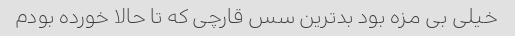
خیلی بی مزه بود بدترین سس قارچی که تا حالا خورده بودم